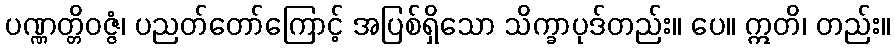
ပဏ္ဏတ္တိဝဇ္ဇံ၊ ပညတ်တော်ကြောင့် အပြစ်ရှိသော သိက္ခာပုဒ်တည်း။ ပေ။ ဣတိ၊ တည်း။